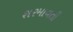
શરમાવતી